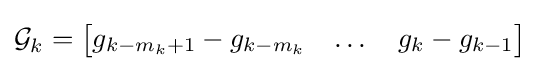
{\mathcal {G}}_{k}={\begin{bmatrix}g_{k-m_{k}+1}-g_{k-m_{k}}&\dots &g_{k}-g_{k-1}\end{bmatrix}}